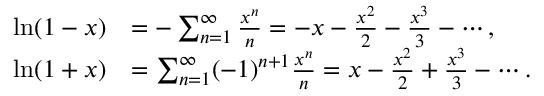
{ \begin{array} { r l } { \ln ( 1 - x ) } & { = - \sum _ { n = 1 } ^ { \infty } { \frac { x ^ { n } } { n } } = - x - { \frac { x ^ { 2 } } { 2 } } - { \frac { x ^ { 3 } } { 3 } } - \cdots , } \\ { \ln ( 1 + x ) } & { = \sum _ { n = 1 } ^ { \infty } ( - 1 ) ^ { n + 1 } { \frac { x ^ { n } } { n } } = x - { \frac { x ^ { 2 } } { 2 } } + { \frac { x ^ { 3 } } { 3 } } - \cdots . } \end{array} }